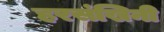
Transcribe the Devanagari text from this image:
हरसंखिनी